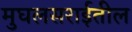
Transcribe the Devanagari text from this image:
मुघलसराईतील